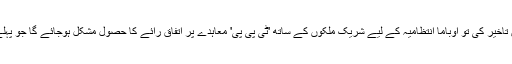
اگر کانگریس نےمجوزہ بِل کی منظوری میں تاخیر کی تو اوباما انتظامیہ کے لیے شریک ملکوں کے ساتھ 'ٹی پی پی' معاہدے پر اتفاقِ رائے کا حصول مشکل ہوجائے گا جو پہلے ہی کئی سال کی تاخیر کا شکار ہوچکا ہے۔